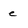
Character: e